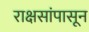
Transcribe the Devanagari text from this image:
राक्षसांपासून